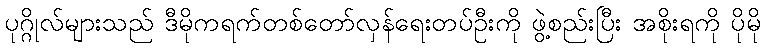
ပုဂ္ဂိုလ်များသည် ဒီမိုကရက်တစ်တော်လှန်ရေးတပ်ဦးကို ဖွဲ့စည်းပြီး အစိုးရကို ပိုမို